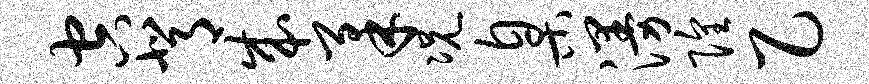
空背成柔况臬漫隍乙